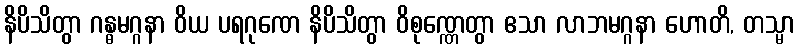
နိပိသိတွာ ဂန္ဓမဂ္ဂနာ ဝိယ ပရဂုဏေ နိပိသိတွာ ဝိစုဏ္ဏေတွာ ဧသာ လာဘမဂ္ဂနာ ဟောတိ, တသ္မာ